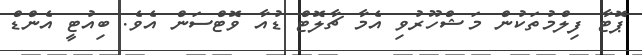
ޕޮޓާ ފިލްމުތަކުން މަޝްހޫރުވި އެމާ ޗާލޮޓް ޑުއާ ވޮޓްސަން އެވެ. ބިއުޓީ އެންޑް